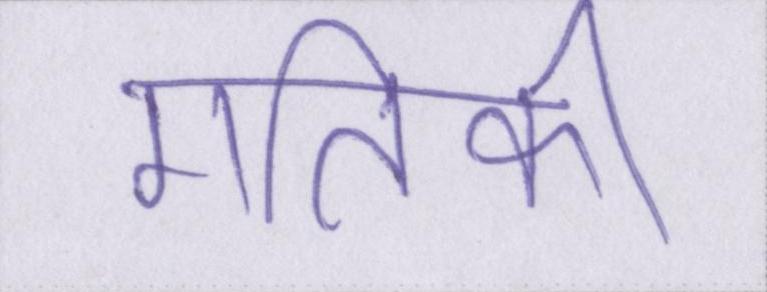
गतिकी